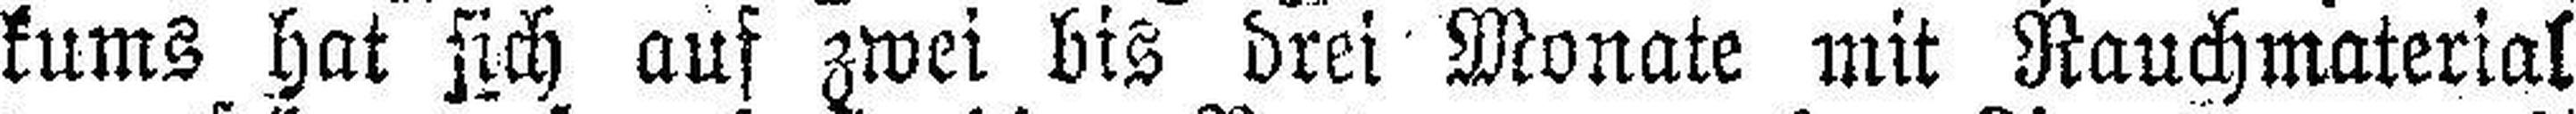
kums hat sich auf zwei bis drei Monate mit Rauchmaterial